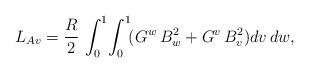
LaTeX: \begin{align*}L_{Av}=\frac {R}{2}\,\int _{0}^{1}\!\int_{0}^{1}\!(G^w\,B_w^2+G^v\,B_v^2)dv\,dw,\end{align*}